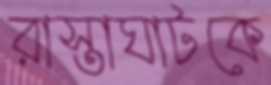
রাস্তাঘাটকে